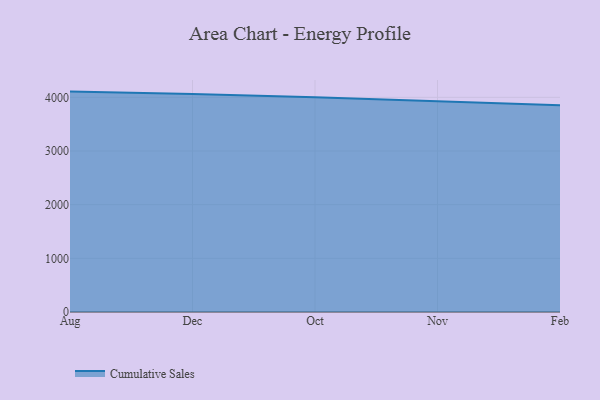
{"axis": {"x": "Month", "y": "Conversion Rate (%)"}, "legend": ["Cumulative Sales"], "data": [{"x": "Aug", "y": 4106.9, "type": "Cumulative Sales"}, {"x": "Dec", "y": 4062.3, "type": "Cumulative Sales"}, {"x": "Oct", "y": 3999.6, "type": "Cumulative Sales"}, {"x": "Nov", "y": 3928.9, "type": "Cumulative Sales"}, {"x": "Feb", "y": 3852.3, "type": "Cumulative Sales"}]}